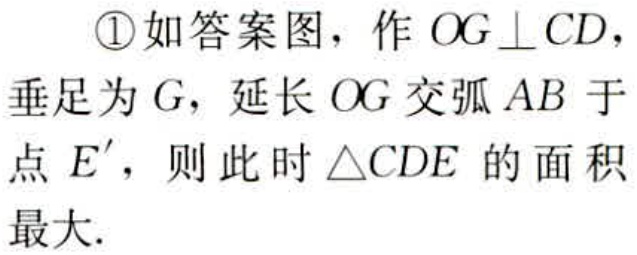
\textcircled{1}如答案图，作 \(OG\perp CD\)，垂足为 \(G\)，延长 \(OG\) 交弧 \(AB\) 于点 \(E'\)，则此时 \(\triangle CDE\) 的面积最大.